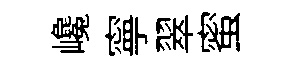
巉寧翠蜜